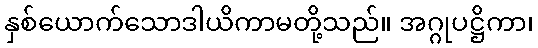
နှစ်ယောက်သောဒါယိကာမတို့သည်။ အဂ္ဂုပဋ္ဌိကာ၊